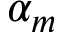
\alpha _ { m }